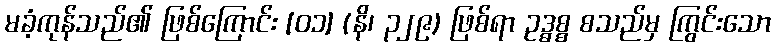
မခံ့ကုန်သည်၏ ဖြစ်ကြောင်း [၀၁] (နိ၊ ၃၂၉) ဖြစ်ရာ ဥဒ္ဓစ္စ စသည်မှ ကြွင်းသော